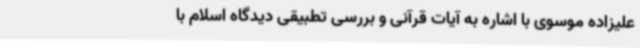
علیزاده موسوی با اشاره به آیات قرآنی و بررسی تطبیقی دیدگاه اسلام با